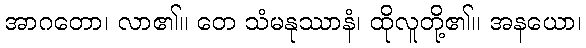
အာဂတော၊ လာ၏။ တေ သံမနုဿာနံ၊ ထိုလူတို့၏။ အနယော၊